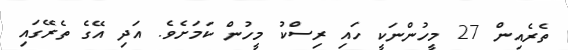
ތެރެއިން 27 މީހުންނަކީ ހައި ރިސްކު މީހުން ކަމަށެވެ. އަދި އޭގެ ތެރޭގައި